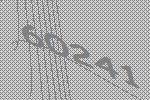
60241